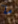
ما